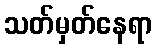
သတ်မှတ်နေရာ